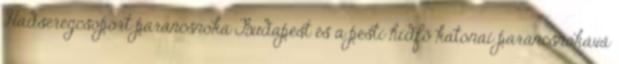
Hadseregcsoport parancsnoka Budapest és a pesti hídfõ katonai parancsnokává